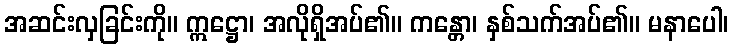
အဆင်းလှခြင်းကို။ ဣဋ္ဌော၊ အလိုရှိအပ်၏။ ကန္တော၊ နှစ်သက်အပ်၏။ မနာပေါ၊